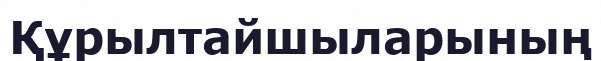
Құрылтайшыларының